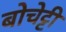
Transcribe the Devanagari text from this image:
बोचेट्टी